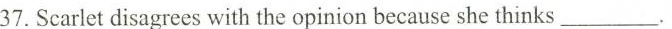
37.Scarlet disagrees with the opinion because she thinks ___.